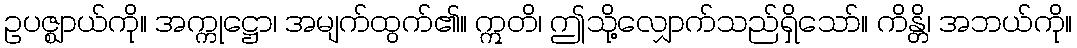
ဥပဇ္ဈာယ်ကို။ အက္ကုဋ္ဌော၊ အမျက်ထွက်၏။ ဣတိ၊ ဤသို့လျှောက်သည်ရှိသော်။ ကိန္တိ၊ အဘယ်ကို။